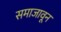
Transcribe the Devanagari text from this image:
समाजावून